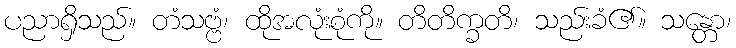
ပညာရှိသည်။ တံသဗ္ဗံ၊ ထိုအလုံးစုံကို။ တိတိက္ခတိ၊ သည်းခံ၏။ သန္တော၊